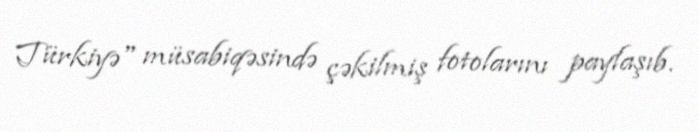
Türkiyə" müsabiqəsində çəkilmiş fotolarını paylaşıb.